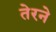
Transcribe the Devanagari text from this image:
तेरने